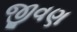
જીવણ